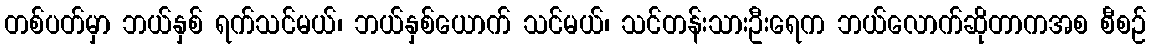
တစ်ပတ်မှာ ဘယ်နှစ် ရက်သင်မယ်၊ ဘယ်နှစ်ယောက် သင်မယ်၊ သင်တန်းသားဦးရေက ဘယ်လောက်ဆိုတာကအစ စီစဉ်